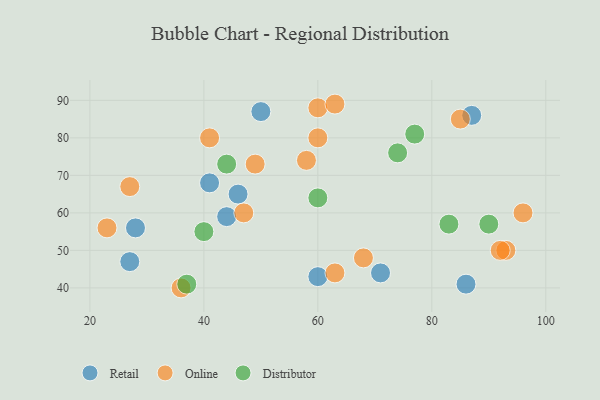
{"axis": {"x": "GDP", "y": "Life Expectancy"}, "legend": ["Distributor", "Online", "Retail"], "data": [{"x": "50", "y": 87, "type": "Retail"}, {"x": "46", "y": 65, "type": "Retail"}, {"x": "27", "y": 47, "type": "Retail"}, {"x": "41", "y": 68, "type": "Retail"}, {"x": "28", "y": 56, "type": "Retail"}, {"x": "60", "y": 43, "type": "Retail"}, {"x": "86", "y": 41, "type": "Retail"}, {"x": "44", "y": 59, "type": "Retail"}, {"x": "71", "y": 44, "type": "Retail"}, {"x": "87", "y": 86, "type": "Retail"}, {"x": "27", "y": 67, "type": "Online"}, {"x": "58", "y": 74, "type": "Online"}, {"x": "36", "y": 40, "type": "Online"}, {"x": "85", "y": 85, "type": "Online"}, {"x": "49", "y": 73, "type": "Online"}, {"x": "47", "y": 60, "type": "Online"}, {"x": "63", "y": 44, "type": "Online"}, {"x": "93", "y": 50, "type": "Online"}, {"x": "68", "y": 48, "type": "Online"}, {"x": "23", "y": 56, "type": "Online"}, {"x": "60", "y": 88, "type": "Online"}, {"x": "96", "y": 60, "type": "Online"}, {"x": "41", "y": 80, "type": "Online"}, {"x": "60", "y": 80, "type": "Online"}, {"x": "63", "y": 89, "type": "Online"}, {"x": "92", "y": 50, "type": "Online"}, {"x": "40", "y": 55, "type": "Distributor"}, {"x": "60", "y": 64, "type": "Distributor"}, {"x": "83", "y": 57, "type": "Distributor"}, {"x": "90", "y": 57, "type": "Distributor"}, {"x": "44", "y": 73, "type": "Distributor"}, {"x": "37", "y": 41, "type": "Distributor"}, {"x": "77", "y": 81, "type": "Distributor"}, {"x": "74", "y": 76, "type": "Distributor"}]}